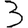
Digit: 3